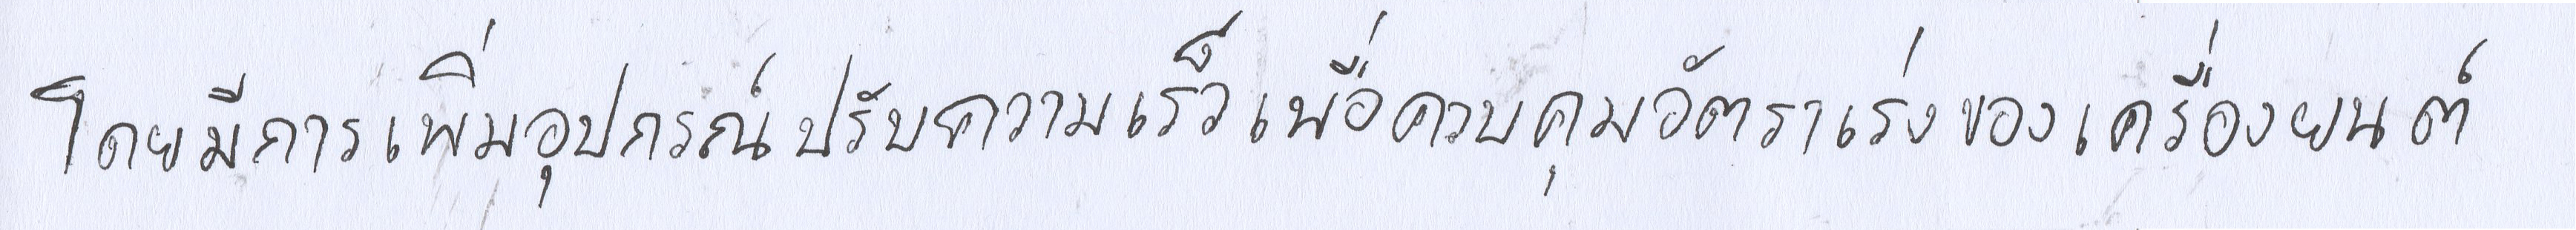
โดยมีการเพิ่มอุปกรณ์ปรับความเร็วเพื่อควบคุมอัตราการเร่งของเครื่องยนต์